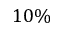
1 0 \%